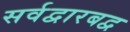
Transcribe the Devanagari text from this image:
सर्वद्वारबद्व